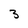
Character: 3